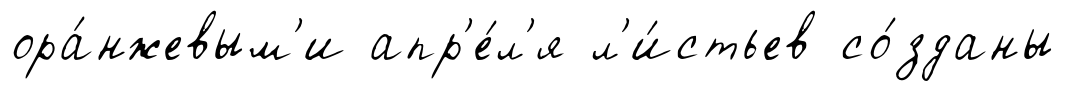
ора́нжевым'и апр'е́л'я л'и́стьев со́зданы